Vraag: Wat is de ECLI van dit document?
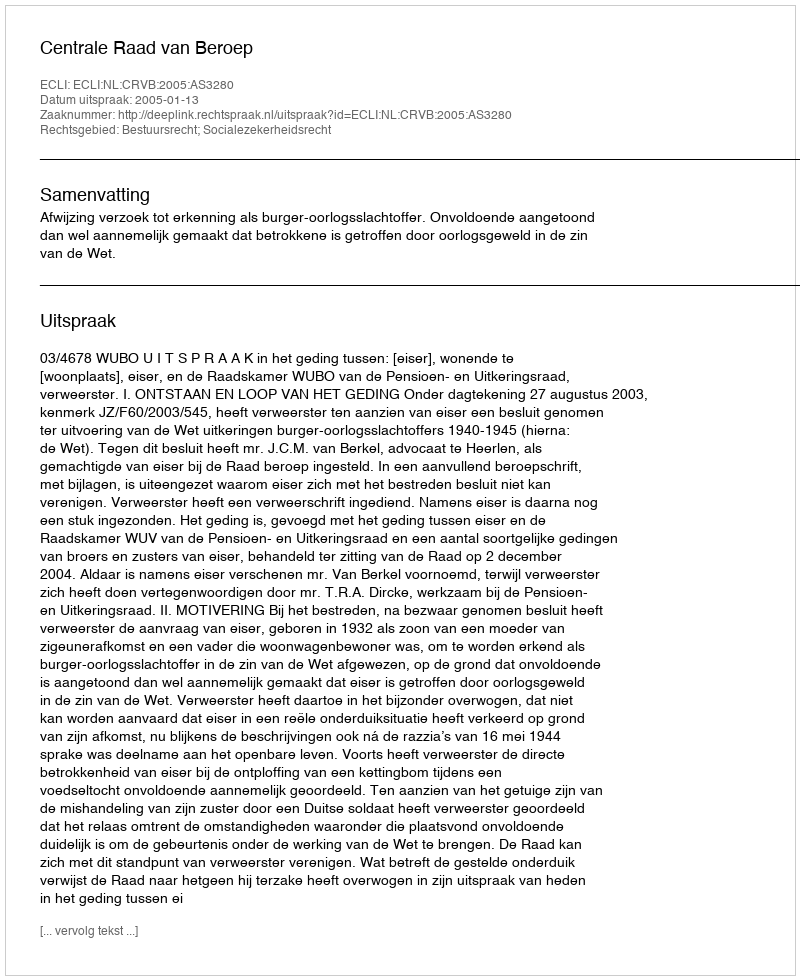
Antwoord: ECLI:NL:CRVB:2005:AS3280